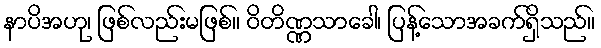
နာပိအဟု၊ ဖြစ်လည်းမဖြစ်။ ဝိတိဏ္ဏသာခေါ၊ ပြန့်သောအခက်ရှိသည်။